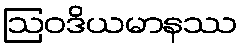
ဩဝဒိယမာနဿ